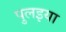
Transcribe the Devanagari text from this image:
पुलइया